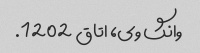
وانگ وی، اتاق 1202.